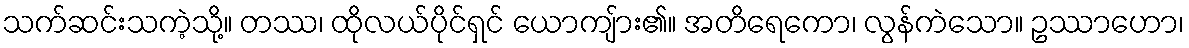
သက်ဆင်းသကဲ့သို့။ တဿ၊ ထိုလယ်ပိုင်ရှင် ယောကျ်ား၏။ အတိရေကော၊ လွန်ကဲသော။ ဥဿာဟော၊